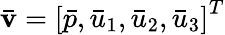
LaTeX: {\mathbf{\bar{v}}}={\left[{\bar{p},{{\bar{u}}_{1}},{{\bar{u}}_{2}},{{\bar{u}}_{3}}}\right]^{T}}